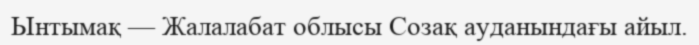
Ынтымақ — Жалалабат облысы Созақ ауданындағы айыл.